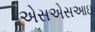
એસએસઆઇ